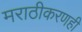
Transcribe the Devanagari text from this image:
मराठीकरणही